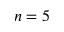
n = 5